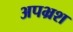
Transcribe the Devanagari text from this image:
अपभ्रश